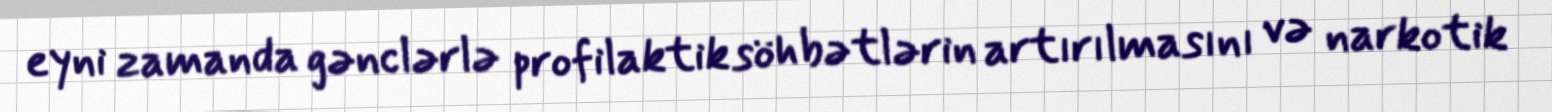
eyni zamanda gənclərlə profilaktik söhbətlərin artırılmasını və narkotik